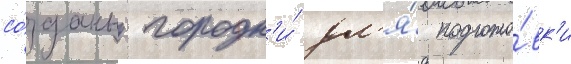
со́зданы городк'и́ дл'я́ подгото́вк'и